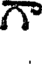
గా